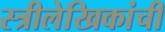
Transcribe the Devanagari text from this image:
स्त्रीलेखिकांची